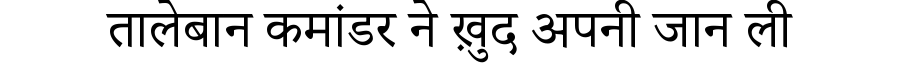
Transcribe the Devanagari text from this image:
तालेबान कमांडर ने ख़ुद अपनी जान ली